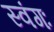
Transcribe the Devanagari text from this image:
स्वंगः